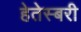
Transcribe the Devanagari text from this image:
हेतेस्बरी